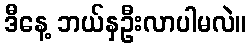
ဒီနေ့ ဘယ်နှဦးလာပါမလဲ။